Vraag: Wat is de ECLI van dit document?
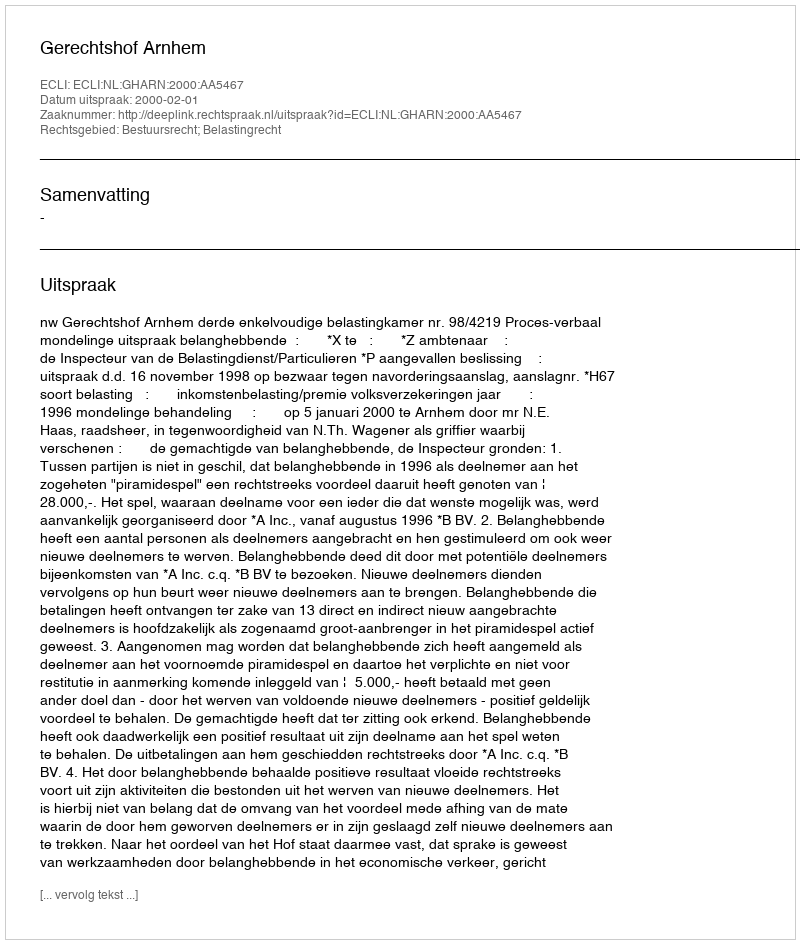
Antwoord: ECLI:NL:GHARN:2000:AA5467